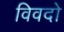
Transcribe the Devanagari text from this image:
विवदो